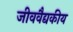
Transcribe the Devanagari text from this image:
जीववैद्यकीय